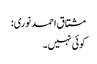
مشتاق احمد نوری:
کوئی نہیں۔